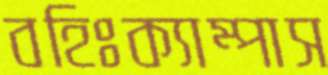
বহিঃক্যাম্পাস